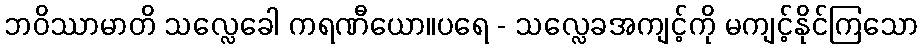
ဘဝိဿာမာတိ သလ္လေခေါ ကရဏီယော။ပရေ - သလ္လေခအကျင့်ကို မကျင့်နိုင်ကြသော